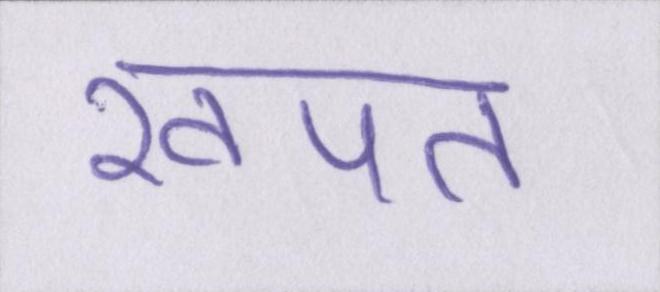
खपत